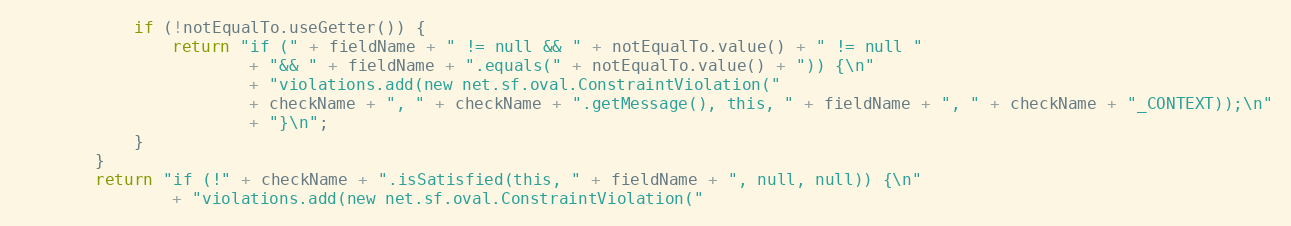
Language: Java
            if (!notEqualTo.useGetter()) {
                return "if (" + fieldName + " != null && " + notEqualTo.value() + " != null "
                        + "&& " + fieldName + ".equals(" + notEqualTo.value() + ")) {\n"
                        + "violations.add(new net.sf.oval.ConstraintViolation("
                        + checkName + ", " + checkName + ".getMessage(), this, " + fieldName + ", " + checkName + "_CONTEXT));\n"
                        + "}\n";
            }
        }
        return "if (!" + checkName + ".isSatisfied(this, " + fieldName + ", null, null)) {\n"
                + "violations.add(new net.sf.oval.ConstraintViolation("